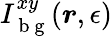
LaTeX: I_{\mathrm{~b~g~}}^{xy}(\boldsymbol{r},\epsilon)